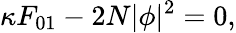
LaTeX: \kappa F_{01}-2N|\phi|^{2}=0,